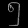
Digit: ၅